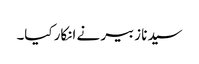
سیدنا زبیر نے انکار کیا۔